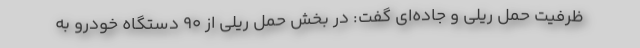
ظرفیت حمل ریلی و جاده‌ای گفت: در بخش حمل ریلی از ۹۰ دستگاه خودرو به